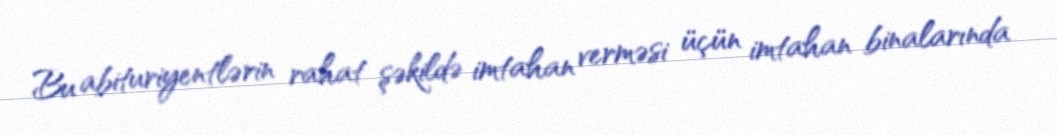
Bu abituriyentlərin rahat şəkildə imtahan verməsi üçün imtahan binalarında